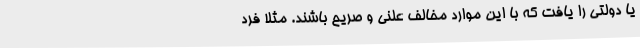
یا دولتی را یافت که با این موارد مخالف علنی و صریح باشند. مثلا فرد